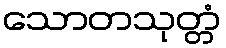
သောတသုတ္တံ